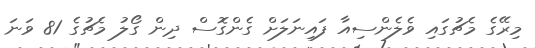
މިރޭގެ މެޗުގައި ވެލެންސިއާ ފައިނަލަށް ގެންގޮސް ދިން ގޯލު މެޗުގެ 81 ވަނަ